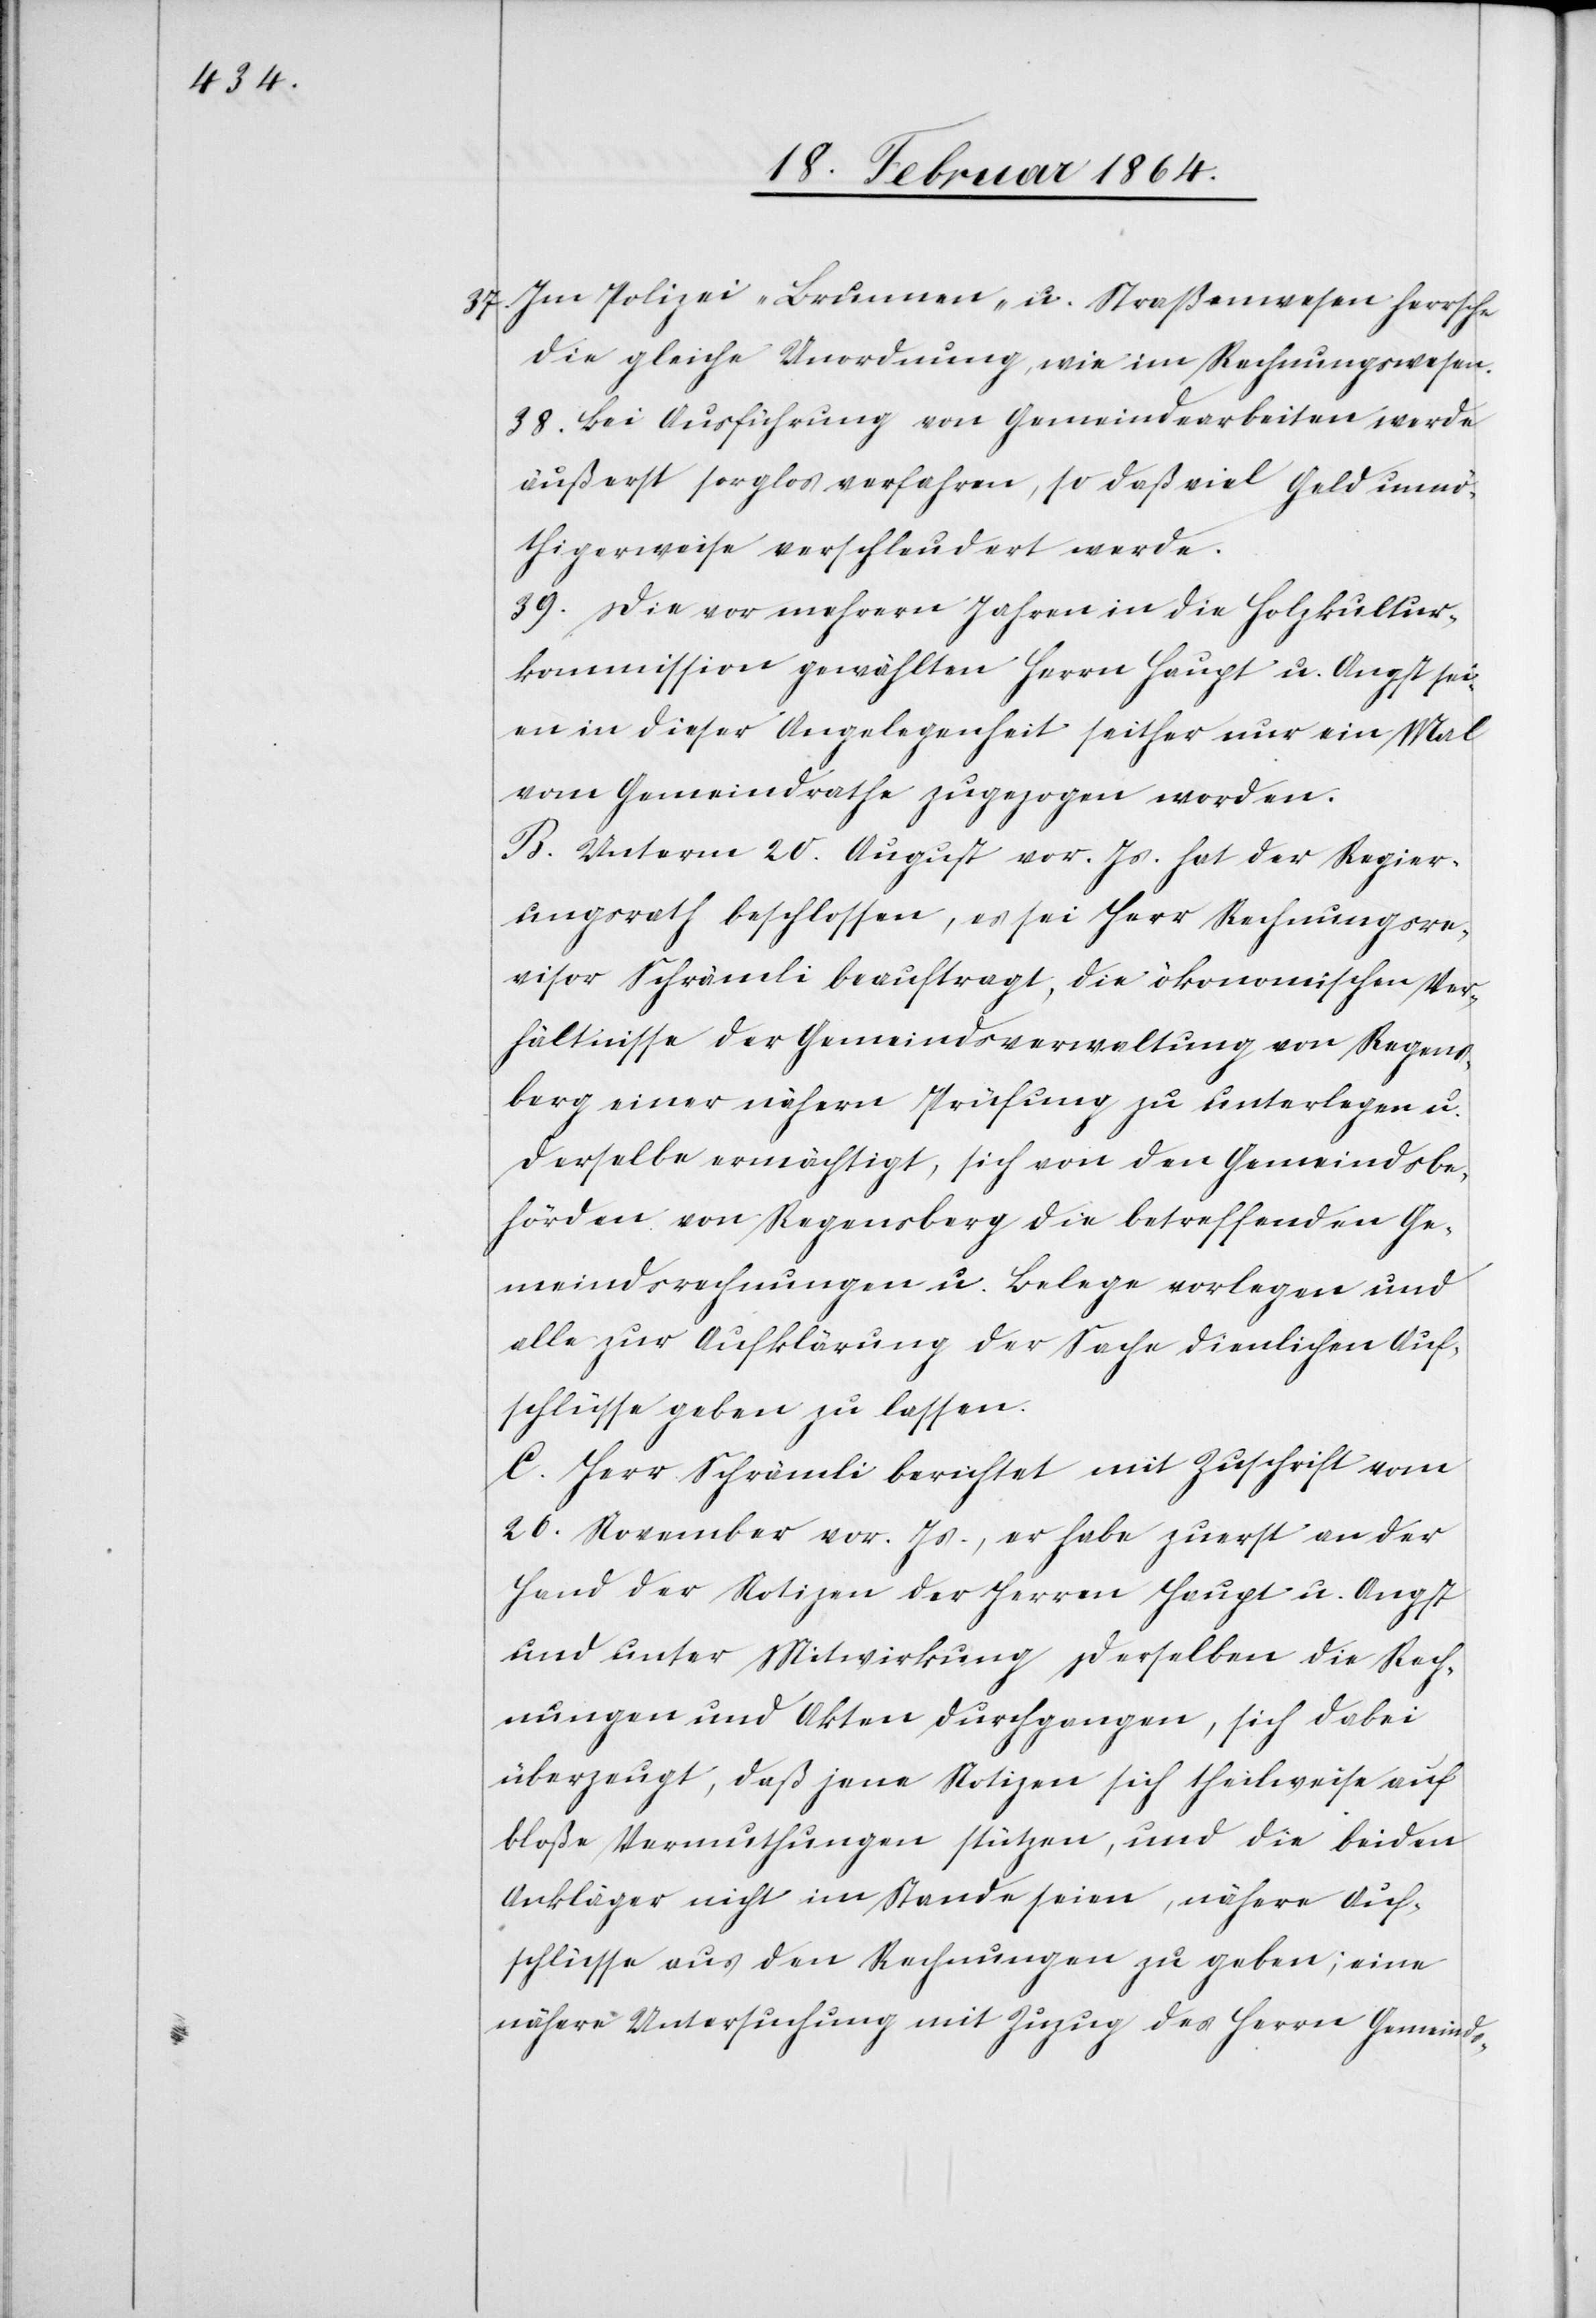
37. Im Polizei- Brunnen- u. Straßenwesen herrsche
die gleiche Unordnung, wie im Rechnungswesen.
38. Bei Ausführung von Gemeindearbeiten werde
äußerst sorglos verfahren, so daß viel Geld unart¬
higerweise verschleudert werde.
39. Die vor mehrern Jahren in die Holzkultur¬
kommission gewählten Herrn Haupt u. Angst sei¬
en in dieser Angelegenheit seither nur ein Mal
vom Gemeindrathe zugezogen worden.
B. Unterm 20. August vor. Js. hat der Regier¬
ungsrath beschlossen, es sei Herr Rechnungsre¬
visor Schrämli beäuftragt, die ökonomischen Ver¬
hältnisse der Gemeindverwaltung von Regens¬
berg einer nähern Prüfung zu unterlegen u.
derselbe ermächtigt, sich von den Gemeindsbe¬
hörden von Regensberg die betreffenden Ge¬
meindsrechnungen u. Belege vorlegen und
alle zur Aufklärung der Sache dienlichen Auf¬
schlüsse geben zu lassen.
C. Herr Schrämli berichtet mit Zuschrift vom
26 November vor. Js., er habe zuerst an der
Hand der Notizen der Herren Haupt u. Angst
und unter Mitwirkung derselben die Rech¬
nungen und Akten durchgegangen, sich dabei
überzeugt, daß jene Notizen sich theilweise auf
bloße Vermuthungen stützten, und die beiden
Ankläger nicht im Stande seien, nähere Auf¬
schlüsse aus den Rechnungen zu geben; eine
nähere Untersuchung mit Zuzug des Herrn Gemeinds-